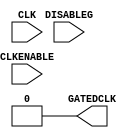
//------------------------------------------------------------------------------
// The confidential and proprietary information contained in this file may
// only be used by a person authorised under and to the extent permitted
// by a subsisting licensing agreement from ARM Limited.
//
//            (C) COPYRIGHT 2010-2015 ARM Limited or its affiliates.
//                ALL RIGHTS RESERVED
//
// This entire notice must be reproduced on all copies of this file
// and copies of this file may only be made by a person if such person is
// permitted to do so under the terms of a subsisting license agreement
// from ARM Limited.
//
//  Version and Release Control Information:
//
//  File Revision       : $Revision: $
//  File Date           : $Date: $
//
//  Release Information : Cortex-M0 DesignStart-r0p0-00rel0
//------------------------------------------------------------------------------
// Verilog-2001 (IEEE Std 1364-2001)
//------------------------------------------------------------------------------
//
//-----------------------------------------------------------------------------
// Abstract : Behavioral model of clock gating cell
//-----------------------------------------------------------------------------

module cmsdk_clock_gate #(
  // ---------------------------------------------------------------------------
  // Parameters
  // ---------------------------------------------------------------------------
  parameter CLKGATE_PRESENT = 0)
 (
  // ---------------------------------------------------------------------------
  // Port Definitions
  // ---------------------------------------------------------------------------

  input  wire CLK,
  input  wire CLKENABLE,
  input  wire DISABLEG,

  output wire GATEDCLK);

  //----------------------------------------------------------------------------
  // Overview
  //----------------------------------------------------------------------------
  //
  // The mcu_clock_gate block is used to abstract the high level clock gating
  // function used for the primary clocks in the macrocell.
  //
  // A functional clock enable <CLKENABLE> is combined with
  // a scanenable/global disable signal to provide the gating term. This is
  // then latched prior to gating with the main clock CLK.
  //
  // A clock gating cell can be instantiated manually by removing the RTL
  // equivalent section and instantiating the appropriate cell.

  // ---------------------------------------------------------------------------
  // Signal Declarations
  // ---------------------------------------------------------------------------
  wire   i_clk;
  wire   clk_en;
  reg    clk_en_t2;
  wire   i_gated_clk;
  wire   mst_clk_en;
  wire   mst_disable;

  //----------------------------------------------------------------------------
  // Clock gate removal - do not alter this section
  //----------------------------------------------------------------------------
  assign GATEDCLK     = (CLKGATE_PRESENT != 0) ? i_gated_clk : 1'b0;
  assign mst_clk_en   = (CLKGATE_PRESENT != 0) ? CLKENABLE : 1'b0;
  assign mst_disable  = (CLKGATE_PRESENT != 0) ? DISABLEG  : 1'b0;
  assign i_clk        = (CLKGATE_PRESENT != 0) ? CLK       : 1'b0;

  //----------------------------------------------------------------------------
  // Beginning of main code
  //----------------------------------------------------------------------------

  //----------------------------------------------------------------------------
  // RTL equivalent - remove this section if you wish to use a real cell
  //----------------------------------------------------------------------------
  assign clk_en = mst_clk_en | mst_disable;

  always @(i_clk or clk_en)
    if (i_clk == 1'b0)
      clk_en_t2 <= clk_en;

  assign i_gated_clk = i_clk & clk_en_t2;

  //----------------------------------------------------------------------------
  // Instantiated clock gating cell - instantiate appropriate cell here if
  // replacing RTL equivalent section
  //----------------------------------------------------------------------------
  // For example:
  //  TLATNTSCAX12 ICGCell (.ECK (i_gated_clk), .E (mst_clk_en), .SE (mst_disable), .CK (iCLK));

endmodule